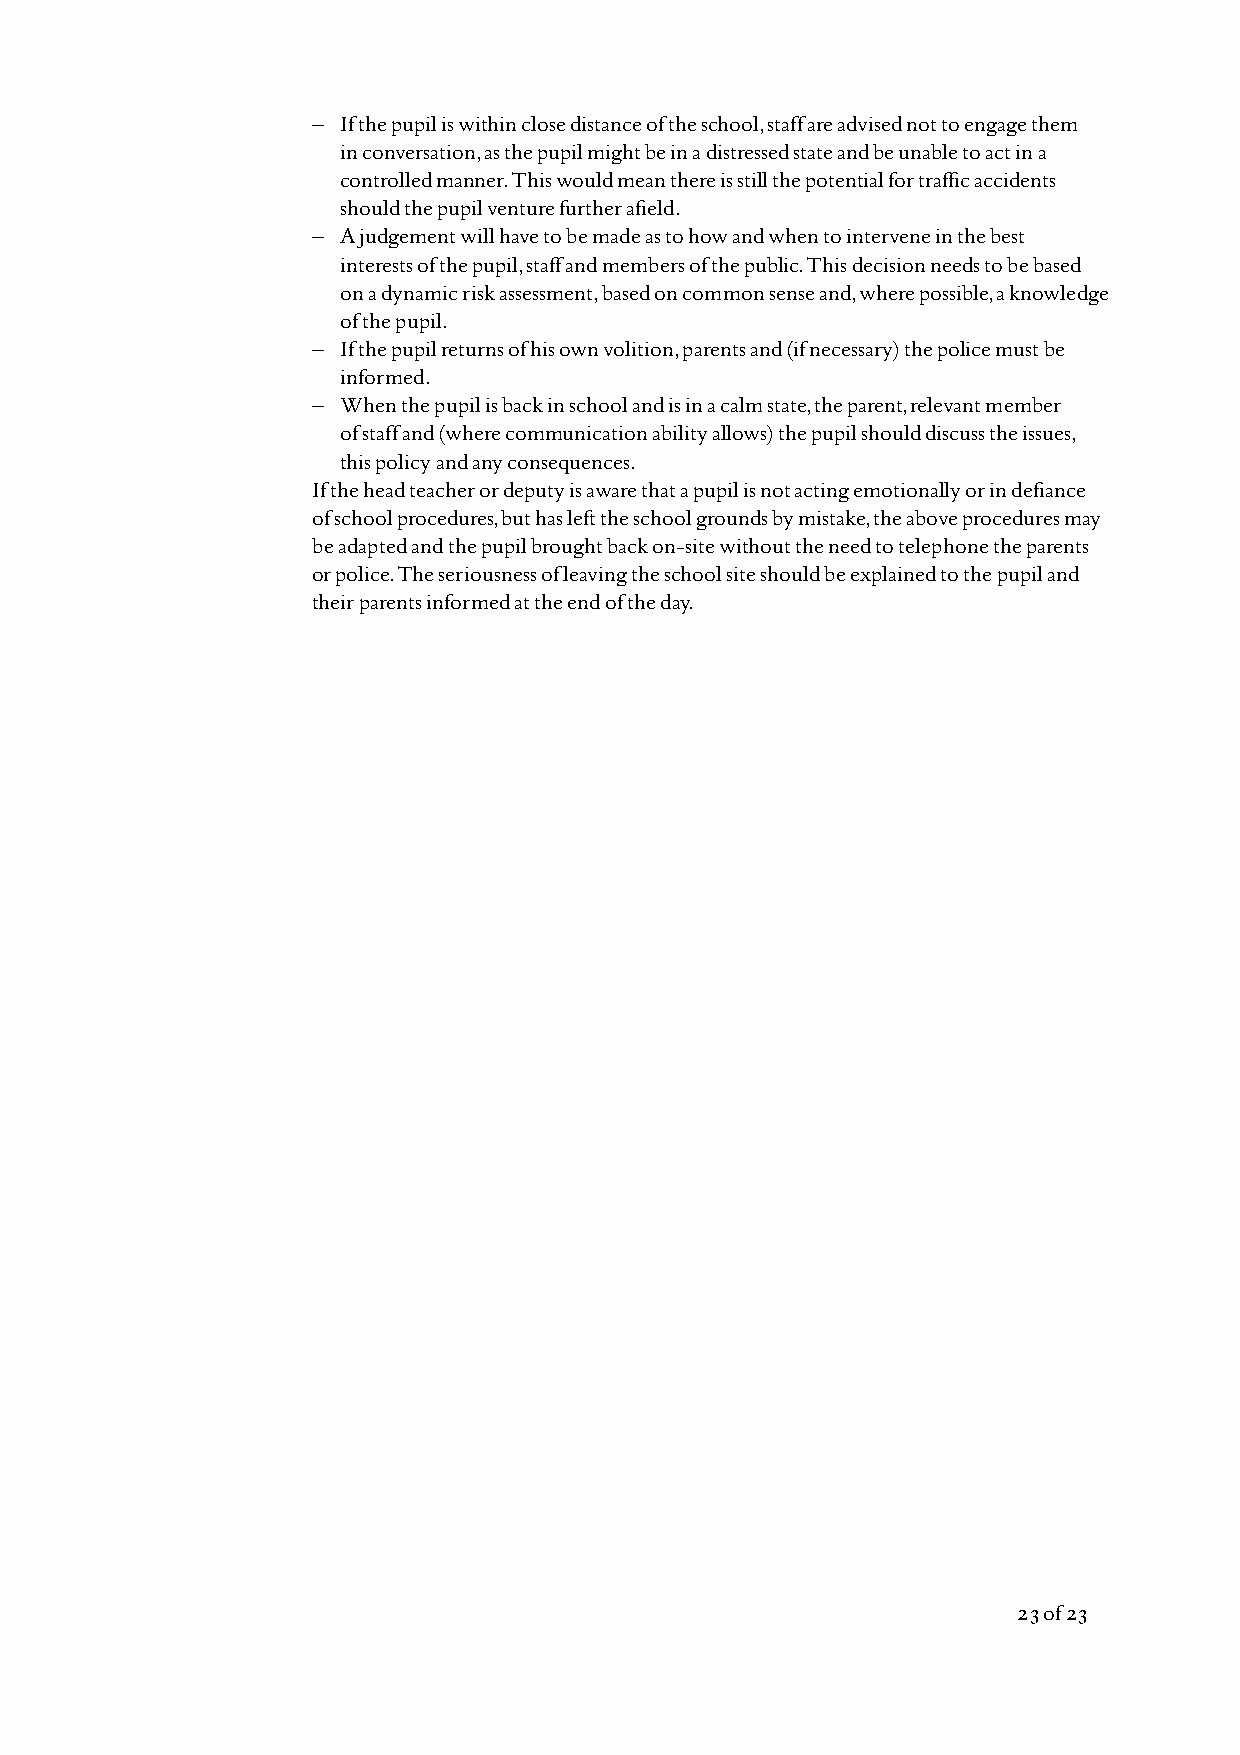
– If the pupil is within close distance of the school, staff are advised not to engage them
 in conversation, as the pupil might be in a distressed state and be unable to act in a
 controlled manner. This would mean there is still the potential for traffic accidents
 should the pupil venture further afield.
 – A judgement will have to be made as to how and when to intervene in the best
 interests of the pupil, staff and members of the public. This decision needs to be based
 on a dynamic risk assessment, based on common sense and, where possible, a knowledge
 of the pupil.
 – If the pupil returns of his own volition, parents and (if necessary) the police must be
 informed.
 – When the pupil is back in school and is in a calm state, the parent, relevant member
 of staff and (where communication ability allows) the pupil should discuss the issues,
 this policy and any consequences.
 If the head teacher or deputy is aware that a pupil is not acting emotionally or in defiance
 of school procedures, but has left the school grounds by mistake, the above procedures may
 be adapted and the pupil brought back on-site without the need to telephone the parents
 or police. The seriousness of leaving the school site should be explained to the pupil and
 their parents informed at the end of the day.
 23of 23